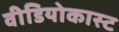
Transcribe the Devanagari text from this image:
वीडियोकास्ट